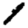
Digit: 1